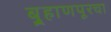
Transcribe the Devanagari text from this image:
बुर्‍हाणपूरचा